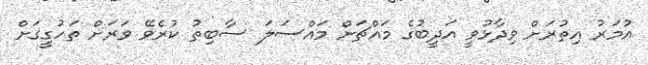
އުމަރު އިތުރަށް ވިދާޅުވީ އަދީބުގެ މައްޗަށް މައްސަލަ ސާބިތު ކުރެވޭ ވަރަށް ތަހުގީގަށް